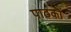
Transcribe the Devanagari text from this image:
पाठकॊं